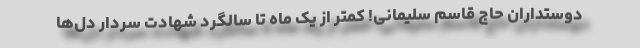
دوستداران حاج قاسم سلیمانی! کمتر از یک ماه تا سالگرد شهادت سردار دل‌ها